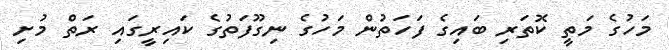
މަހުގެ މަތީ ކޮތަރި ބައިގެ ފަހަތުން މަހުގެ ނިގޫފަތުގެ ކައިރީގައި ރަތް މުށި